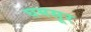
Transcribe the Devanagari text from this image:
घमसूर